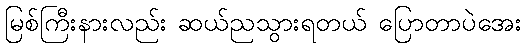
မြစ်ကြီးနားလည်း ဆယ်ညသွားရတယ် ပြောတာပဲအေး